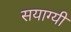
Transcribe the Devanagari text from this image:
सयाग्यी